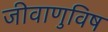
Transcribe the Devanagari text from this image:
जीवाणुविष